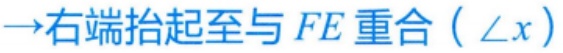
$\to$右端抬起至与 \(FE\) 重合（\(\angle x\)）